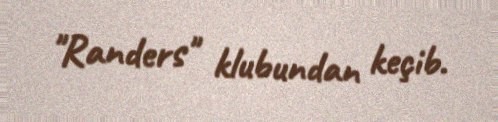
"Randers" klubundan keçib.